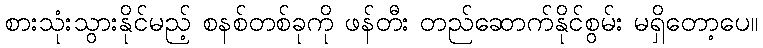
စားသုံးသွားနိုင်မည့် စနစ်တစ်ခုကို ဖန်တီး တည်ဆောက်နိုင်စွမ်း မရှိတော့ပေ။